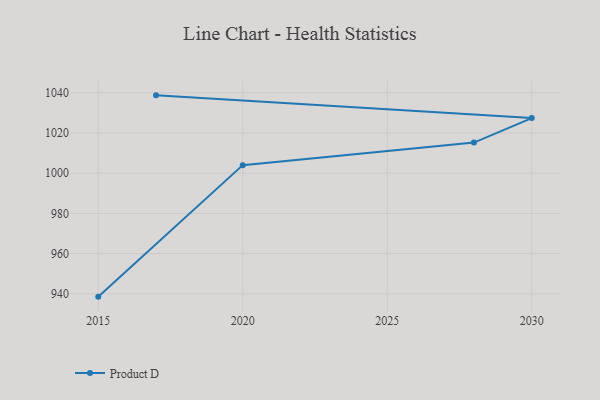
{"axis": {"x": "Year", "y": "Production Output"}, "legend": ["Product D"], "data": [{"x": "2015", "y": 938.6, "type": "Product D"}, {"x": "2020", "y": 1004.0, "type": "Product D"}, {"x": "2028", "y": 1015.2, "type": "Product D"}, {"x": "2030", "y": 1027.4, "type": "Product D"}, {"x": "2017", "y": 1038.7, "type": "Product D"}]}